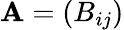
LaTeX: \mathbf{A}=(B_{ij})